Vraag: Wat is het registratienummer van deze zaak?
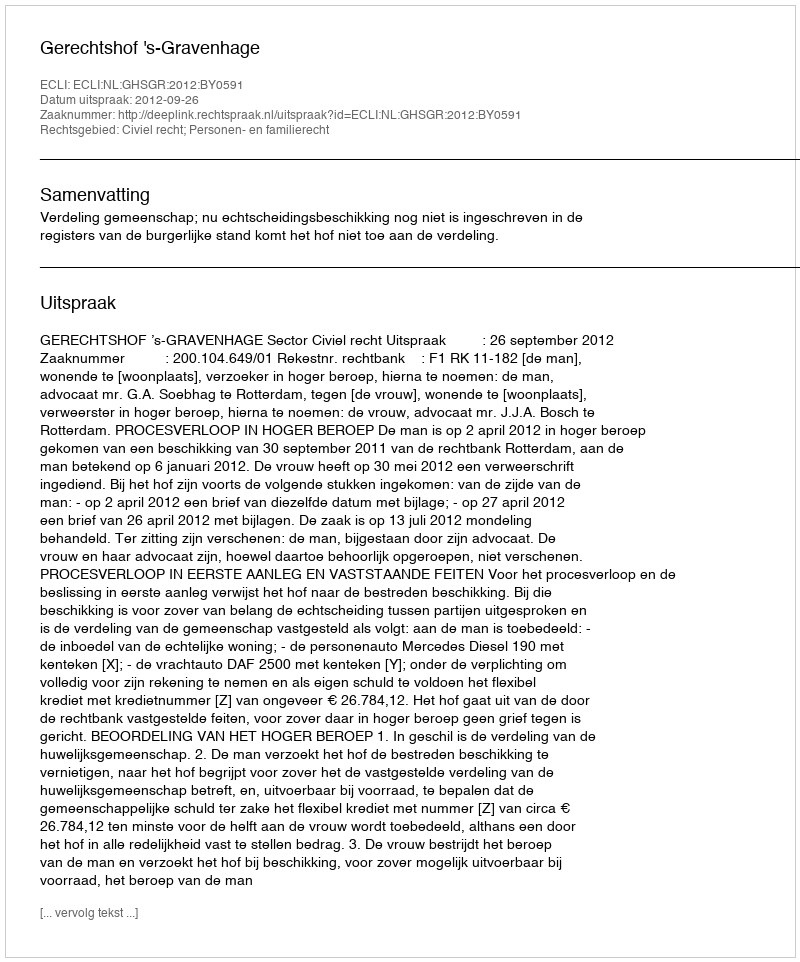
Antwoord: http://deeplink.rechtspraak.nl/uitspraak?id=ECLI:NL:GHSGR:2012:BY0591